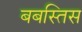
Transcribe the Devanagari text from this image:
बबस्तिस